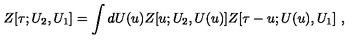
Z [ \tau ; U _ { 2 } , U _ { 1 } ] = \int d U ( u ) Z [ u ; U _ { 2 } , U ( u ) ] Z [ \tau - u ; U ( u ) , U _ { 1 } ] \ ,